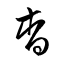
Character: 杳